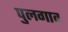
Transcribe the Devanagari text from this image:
पुलगाव